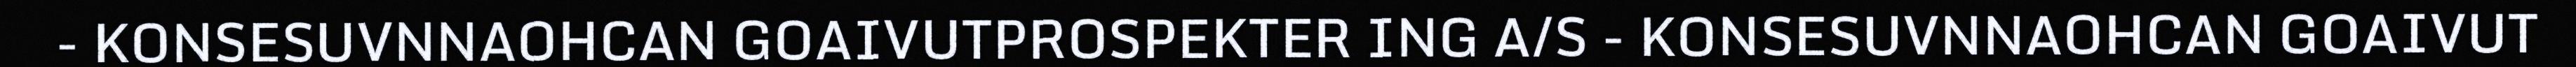
- KONSESUVNNAOHCAN GOAIVUTPROSPEKTER ING A/S - KONSESUVNNAOHCAN GOAIVUT